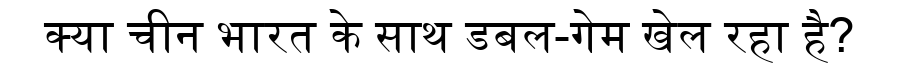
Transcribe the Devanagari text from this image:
क्या चीन भारत के साथ डबल-गेम खेल रहा है?